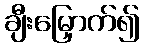
ချီးမြှောက်၍